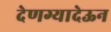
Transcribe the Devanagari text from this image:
देणग्यादेऊन